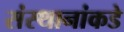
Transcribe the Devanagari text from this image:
संस्थानांकडे